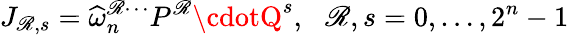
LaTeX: J_{\mathscr{R},s}=\widehat{{\omega}}_{n}^{\mathscr{R}\cdots}P^{\mathscr{R}}\cdotQ^{s},\, \, \, \, \mathscr{R},s=0,\ldots,2^{n}-1